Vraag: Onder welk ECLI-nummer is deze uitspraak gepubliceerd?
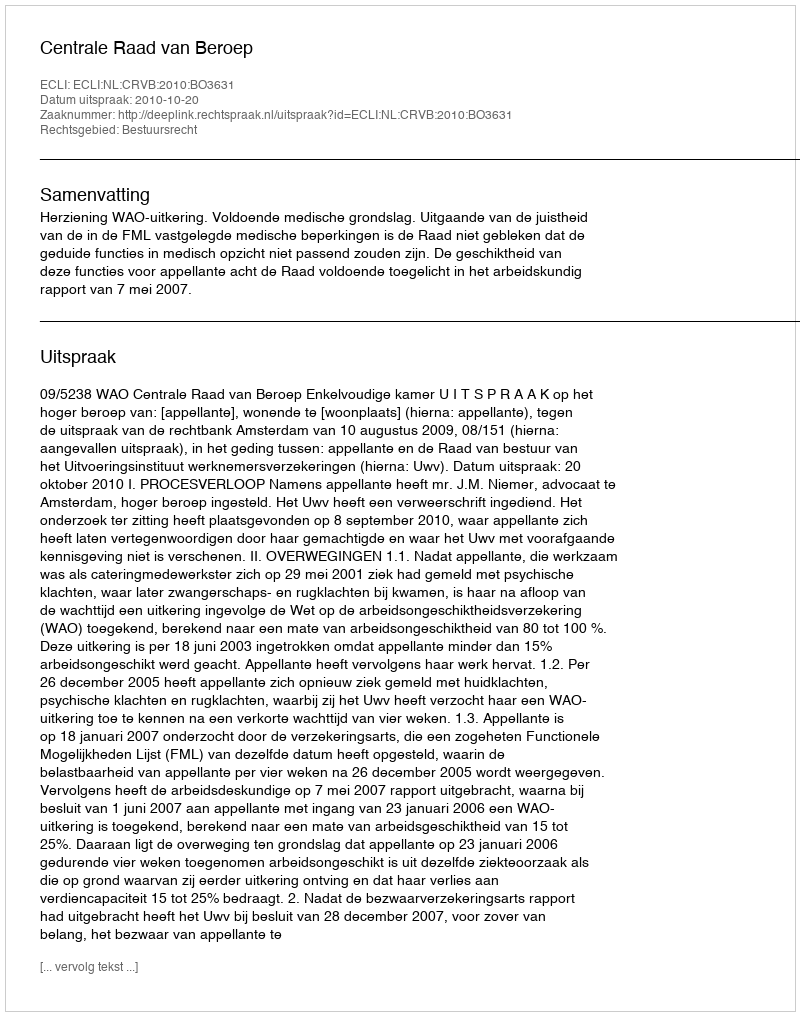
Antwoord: ECLI:NL:CRVB:2010:BO3631